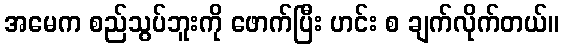
အမေက စည်သွပ်ဘူးကို ဖောက်ပြီး ဟင်း စ ချက်လိုက်တယ်။